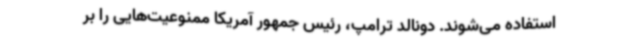
استفاده می‌شوند. دونالد ترامپ، رئیس جمهور آمریکا ممنوعیت‌هایی را بر